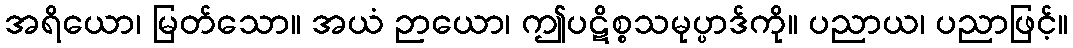
အရိယော၊ မြတ်သော။ အယံ ဉာယော၊ ဤပဋိစ္စသမုပ္ပာဒ်ကို။ ပညာယ၊ ပညာဖြင့်။